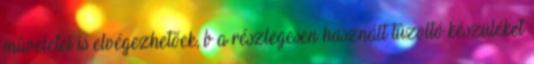
mûveletei is elvégezhetõek, b a részlegesen használt tûzoltó készüléket